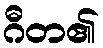
ဂီတ၏